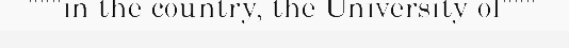
"""in the country, the University of"""